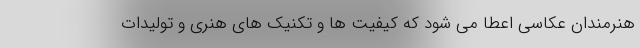
هنرمندان عکاسی اعطا می شود که کیفیت ها و تکنیک های هنری و تولیدات